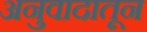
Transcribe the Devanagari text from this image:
अनुवादातून